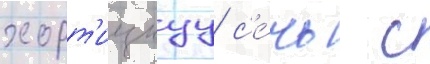
хорт'ицкуу с'е́чь  с